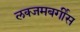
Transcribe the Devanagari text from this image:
लक्जमबर्गीस